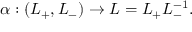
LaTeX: \alpha : ( L _ { + } , L _ { - } ) \rightarrow L = L _ { + } L _ { - } ^ { - 1 } .